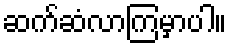
ဆက်ဆံလာကြမှာပါ။